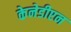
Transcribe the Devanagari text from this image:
केनेडीएन